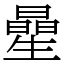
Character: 曐